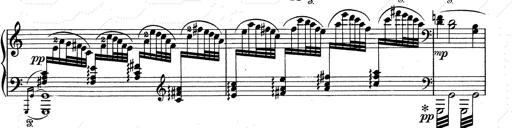
Title: Walhall aus Der Ring des Nibelungen
Composer: Franz Liszt